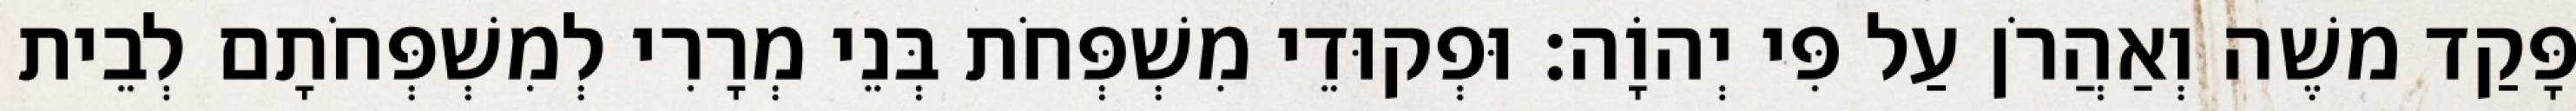
פָּקַד משֶׁה וְאַהֲרֹן עַל פִּי יְהוָֹה׃ וּפְקוּדֵי מִשְׁפְּחֹת בְּנֵי מְרָרִי לְמִשְׁפְּחֹתָם לְבֵית